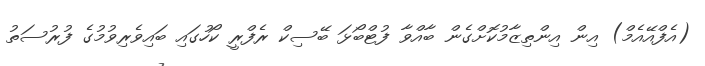
(އެފްއޭއެމް) އިން އިންތިޒާމުކޮށްގެން ބާއްވާ ފުޓްބޯޅަ ބޭސިކް ރެފްރީ ކޯހުގައި ބައިވެރިވުމުގެ ފުރުސަތު